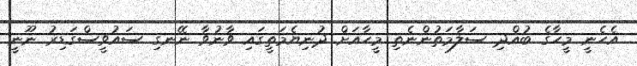
އެހެނީ މީހާގެ ބުއްދި ސަލާމަތުންނެތި މީހާއަށް ދުނިޔެމަތީގައި ވާނުވާ ނޭނގި ސައުވީސްގަޑިރު ނޫނީ